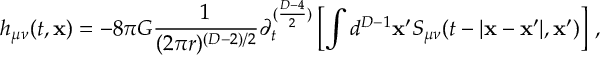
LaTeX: h _ { \mu \nu } ( t , { \bf x } ) = - 8 \pi { \cal G } \frac { 1 } { ( 2 \pi r ) ^ { ( D - 2 ) / 2 } } \partial _ { t } ^ { ( \frac { D - 4 } { 2 } ) } \left[ \int d ^ { D - 1 } { \bf x ^ { \prime } } S _ { \mu \nu } ( t - | { \bf x - x ^ { \prime } } | , { \bf x ^ { \prime } } ) \right] \, ,